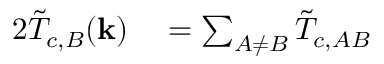
\begin{array} { r l r l } { { 2 } \tilde { T } _ { c , B } ( \mathbf { k } ) } & { { } = \sum _ { A \neq B } \tilde { T } _ { c , A B } } & { } & { { } } \end{array}